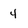
Character: 4